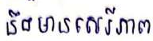
នឹងមានសេរីភាព